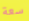
سعة